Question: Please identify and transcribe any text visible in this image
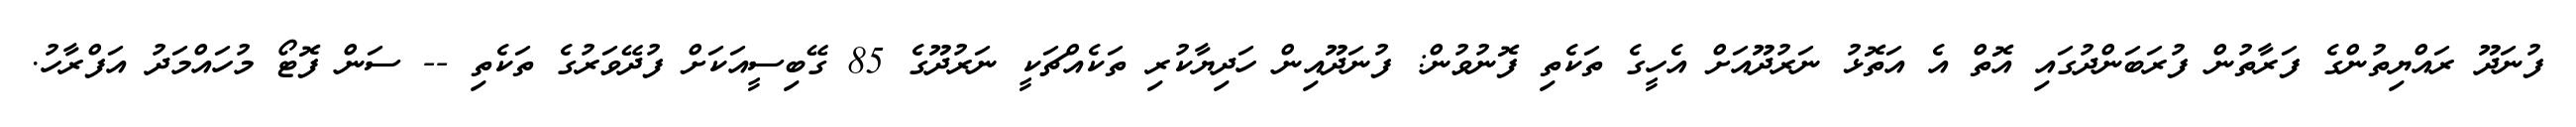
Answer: ފުނަދޫ ރައްޔިތުންގެ ފަރާތުން ފުރަބަންދުގައި އޮތް އެ އަތޮޅު ނަރުދޫއަށް އެހީގެ ތަކެތި ފޮނުވުން: ފުނަދޫއިން ހަދިޔާކުރި ތަކެއްޗަކީ ނަރުދޫގެ 85 ގޭބިސީއަކަށް ފުދޭވަރުގެ ތަކެތި -- ސަން ފޮޓޯ މުހައްމަދު އަފްރާހު.